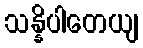
သန္နိပါတေယျ